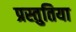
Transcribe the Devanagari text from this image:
प्रस्तुतिया